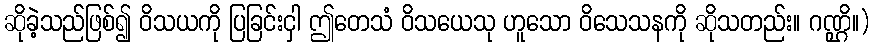
ဆိုခဲ့သည်ဖြစ်၍ ဝိသယကို ပြခြင်းငှါ ဤတေသံ ဝိသယေသု ဟူသော ဝိသေသနကို ဆိုသတည်း။ ဂဏ္ဌိ။)